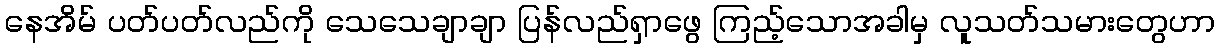
နေအိမ် ပတ်ပတ်လည်ကို သေသေချာချာ ပြန်လည်ရှာဖွေ ကြည့်သောအခါမှ လူသတ်သမားတွေဟာ